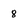
Character: 8